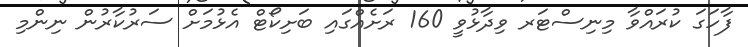
ފާހަގަ ކުރައްވާ މިނިސްޓަރ ވިދާޅުވީ 160 ރަށެއްގައި ބަށިކޯޓް އެޅުމަށް ސަރުކާރުން ނިންމި